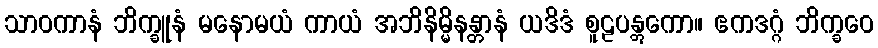
သာဝကာနံ ဘိက္ခူနံ မနောမယံ ကာယံ အဘိနိမ္မိနန္တာနံ ယဒိဒံ စူဠပန္တွကော။ ဧကဒဂ္ဂံ ဘိက္ခဝေ